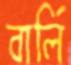
বার্লি